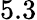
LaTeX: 5.3